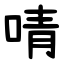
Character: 啨